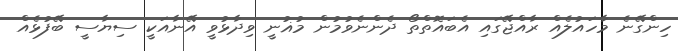
ހިންގޭނެ މާހައުލެއް ރާއްޖޭގައި އެބައޮތްތޯ ދެންނެވުމުން މުޣުނީ ވިދާޅުވީ އޭނާއަކީ ސިޔާސީ ބޭފުޅެއް